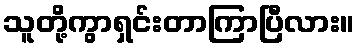
သူတို့ကွာရှင်းတာကြာပြီလား။